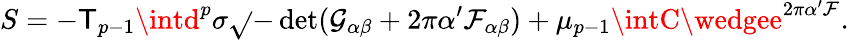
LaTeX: S=-\mathsf{T}_{p-1}\intd^{p}\sigma\sqrt{}{{-\operatorname*{det}(\mathcal{{G}}_{\alpha\beta}+2\pi\alpha^{\prime}\mathcal{{F}}_{\alpha\beta})}}+\mu_{p-1}\intC\wedgee^{2\pi\alpha^{\prime}\mathcal{{F}}}.